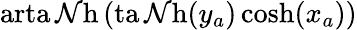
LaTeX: \operatorname{arta\mathcal{N}h}\left(\operatorname{ta\mathcal{N}h}(y_{a})\cosh(x_{a})\right)